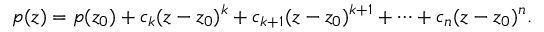
p ( z ) = p ( z _ { 0 } ) + c _ { k } ( z - z _ { 0 } ) ^ { k } + c _ { k + 1 } ( z - z _ { 0 } ) ^ { k + 1 } + \cdots + c _ { n } ( z - z _ { 0 } ) ^ { n } .